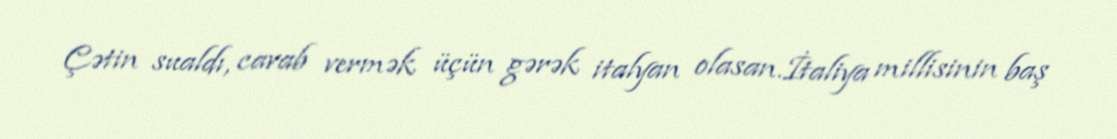
Çətin sualdı, cavab vermək üçün gərək italyan olasan.İtaliya millisinin baş